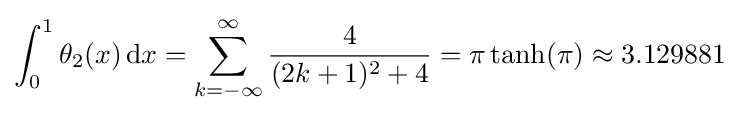
\int _{0}^{1}\theta _{2}(x)\,\mathrm {d} x=\sum _{k=-\infty }^{\infty }{\frac {4}{(2k+1)^{2}+4}}=\pi \tanh(\pi )\approx 3.129881